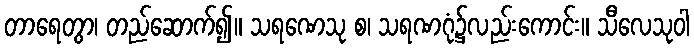
တာရေတွာ၊ တည်ဆောက်၍။ သရဏေသု စ၊ သရဏဂုံ၌လည်းကောင်း။ သီလေသုဝါ